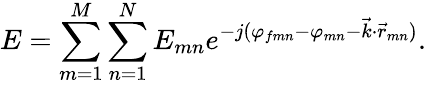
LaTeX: E=\sum_{m=1}^{M}\sum_{n=1}^{N}E_{mn}e^{-j(\varphi_{fmn}-\varphi_{mn}-\vec{k}\cdot\vec{r}_{mn})}.